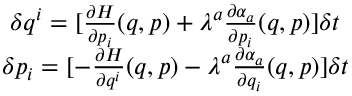
\begin{array} { c } { \delta q ^ { i } = [ \frac { \partial H } { \partial p _ { i } } ( q , p ) + \lambda ^ { a } \frac { \partial \alpha _ { a } } { \partial p _ { i } } ( q , p ) ] \delta t } \\ { \delta p _ { i } = [ - \frac { \partial H } { \partial q ^ { i } } ( q , p ) - \lambda ^ { a } \frac { \partial \alpha _ { a } } { \partial q _ { i } } ( q , p ) ] \delta t } \end{array}